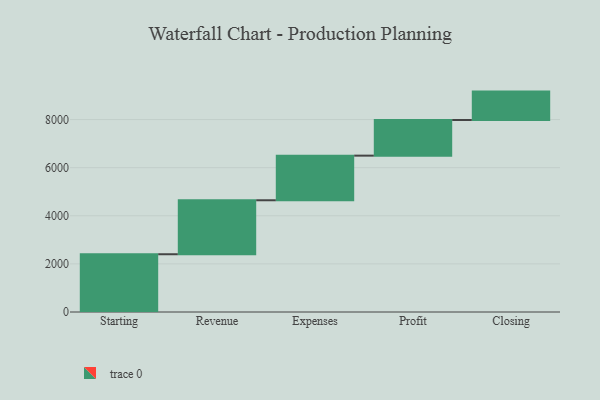
{"axis": {"x": "Step", "y": "Value"}, "legend": [""], "data": [{"x": "Starting", "y": 2401.0, "type": ""}, {"x": "Revenue", "y": 2244.0, "type": ""}, {"x": "Expenses", "y": 1855.0, "type": ""}, {"x": "Profit", "y": 1482.0, "type": ""}, {"x": "Closing", "y": 1180.0, "type": ""}]}